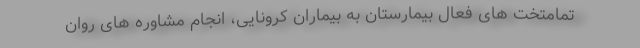
تمامتخت های فعال بیمارستان به بیماران کرونایی، انجام مشاوره های روان